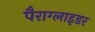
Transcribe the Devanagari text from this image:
पैराग्लाइडर